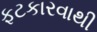
ફટકારવાથી